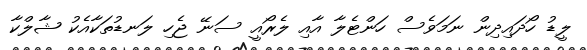
ލީޑު ހޯދައިދިން ނަމަވެސް ހަންޓެލާ އާއި ލެރޯއީ ސަނޭ ޖެހި ލަނޑުތަކާއެކު ޝާލްކާ